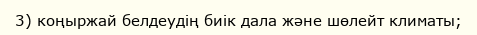
3) коңыржай белдеудің биік дала және шөлейт климаты;